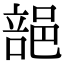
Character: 郶